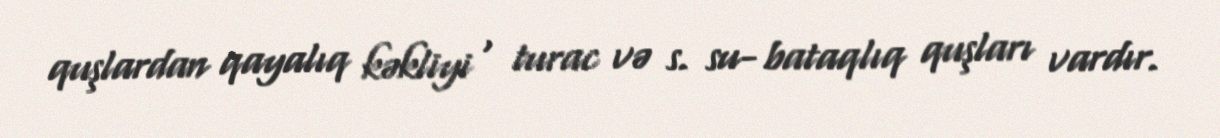
quşlardan qayalıq kəkliyi , turac və s. su- bataqlıq quşları vardır.